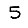
Digit: 5